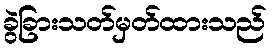
ခွဲခြားသတ်မှတ်ထားသည်